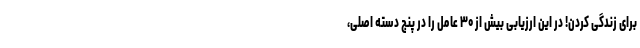
برای زندگی کردن! در این ارزیابی بیش از ۳۰ عامل را در پنج دسته اصلی،